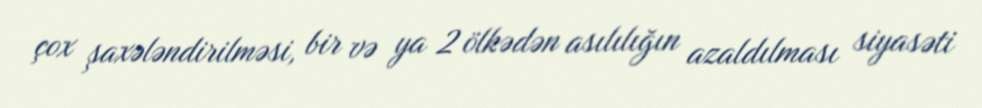
çox şaxələndirilməsi, bir və ya 2 ölkədən asılılığın azaldılması siyasəti